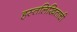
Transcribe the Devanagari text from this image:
हस्तलिखिताची